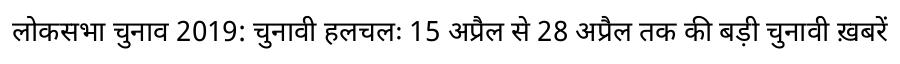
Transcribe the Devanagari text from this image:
लोकसभा चुनाव 2019: चुनावी हलचलः 15 अप्रैल से 28 अप्रैल तक की बड़ी चुनावी ख़बरें